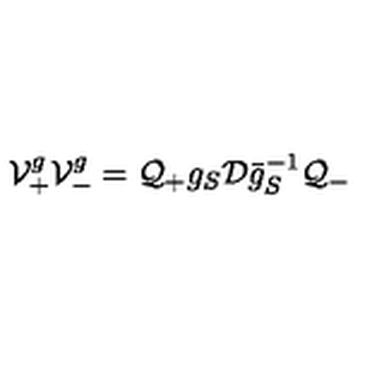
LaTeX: { \cal V } _ { + } ^ { g } { \cal V } _ { - } ^ { g } = { \cal Q } _ { + } g _ { S } { \cal D } \bar { g } _ { S } ^ { - 1 } { \cal Q } _ { - }